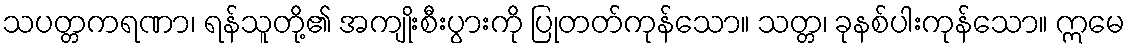
သပတ္တကရဏာ၊ ရန်သူတို့၏ အကျိုးစီးပွားကို ပြုတတ်ကုန်သော။ သတ္တ၊ ခုနစ်ပါးကုန်သော။ ဣမေ